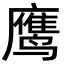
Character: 鹰